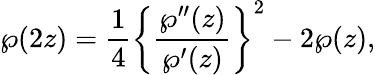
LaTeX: \wp(2z)={\frac{1}{4}}\left\{ {\frac{\wp^{\prime\prime}(z)}{\wp^{\prime}(z)}}\right\} ^{2}-2\wp(z),